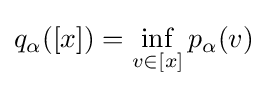
q_{\alpha }([x])=\inf _{v\in [x]}p_{\alpha }(v)